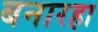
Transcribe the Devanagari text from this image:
बनारहा